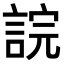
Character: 𧨎